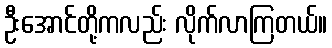
ဦးအောင်တို့ကလည်း လိုက်လာကြတယ်။